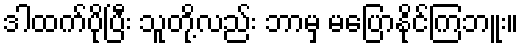
ဒါထက်ပိုပြီး သူတို့လည်း ဘာမှ မပြောနိုင်ကြဘူး။